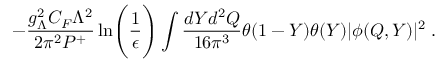
- { \frac { g _ { \Lambda } ^ { 2 } C _ { F } \Lambda ^ { 2 } } { 2 \pi ^ { 2 } P ^ { + } } } \ln \Biggl ( { \frac { 1 } { \epsilon } } \Biggr ) \int { \frac { d Y d ^ { 2 } Q } { 1 6 \pi ^ { 3 } } } \theta ( 1 - Y ) \theta ( Y ) | \phi ( Q , Y ) | ^ { 2 } \; .